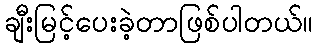
ချီးမြင့်ပေးခဲ့တာဖြစ်ပါတယ်။